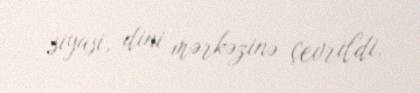
siyasi, dini mərkəzinə çevrildi.